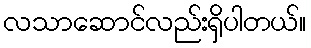
လသာဆောင်လည်းရှိပါတယ်။